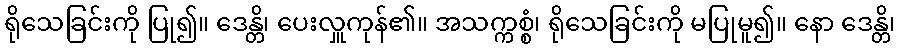
ရိုသေခြင်းကို ပြု၍။ ဒေန္တိ၊ ပေးလှူကုန်၏။ အသက္ကစ္စံ၊ ရိုသေခြင်းကို မပြုမူ၍။ နော ဒေန္တိ၊